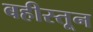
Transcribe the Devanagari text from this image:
बहीस्तून